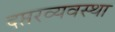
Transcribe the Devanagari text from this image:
दप्तरव्यवस्था